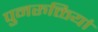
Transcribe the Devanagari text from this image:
पुनरुक्तियां